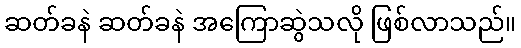
ဆတ်ခနဲ ဆတ်ခနဲ အကြောဆွဲသလို ဖြစ်လာသည်။